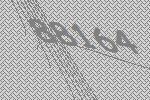
88164